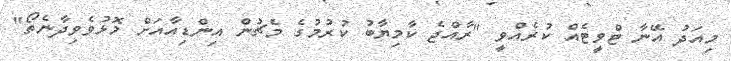
މިއަދު އޭނާ ޓްވީޓެއް ކުރެއްވީ "ރާއްޖެ ކާމިޔާބު ކުރުމުގެ މެޗުން އިންޑިއާއަށް މޮޅުވެވިދާނެތޯ"